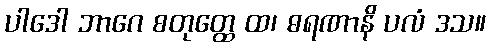
ပါဒေါ ဘာဂေ စတုတ္ထေ ထ၊ ဓရဏာနိ ပလံ ဒသ။